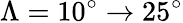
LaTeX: \Lambda=10^{\circ}\rightarrow 25^{\circ}